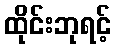
ထိုင်းဘုရင့်